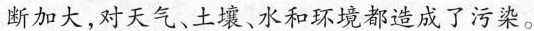
断加大，对天气、土壤、水和环境都造成了污染。